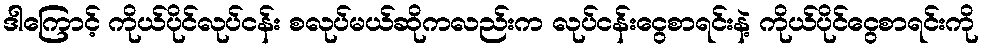
ဒါကြောင့် ကိုယ်ပိုင်လုပ်ငန်း စလုပ်မယ်ဆိုကလည်းက လုပ်ငန်းငွေစာရင်းနဲ့ ကိုယ်ပိုင်ငွေစာရင်းကို